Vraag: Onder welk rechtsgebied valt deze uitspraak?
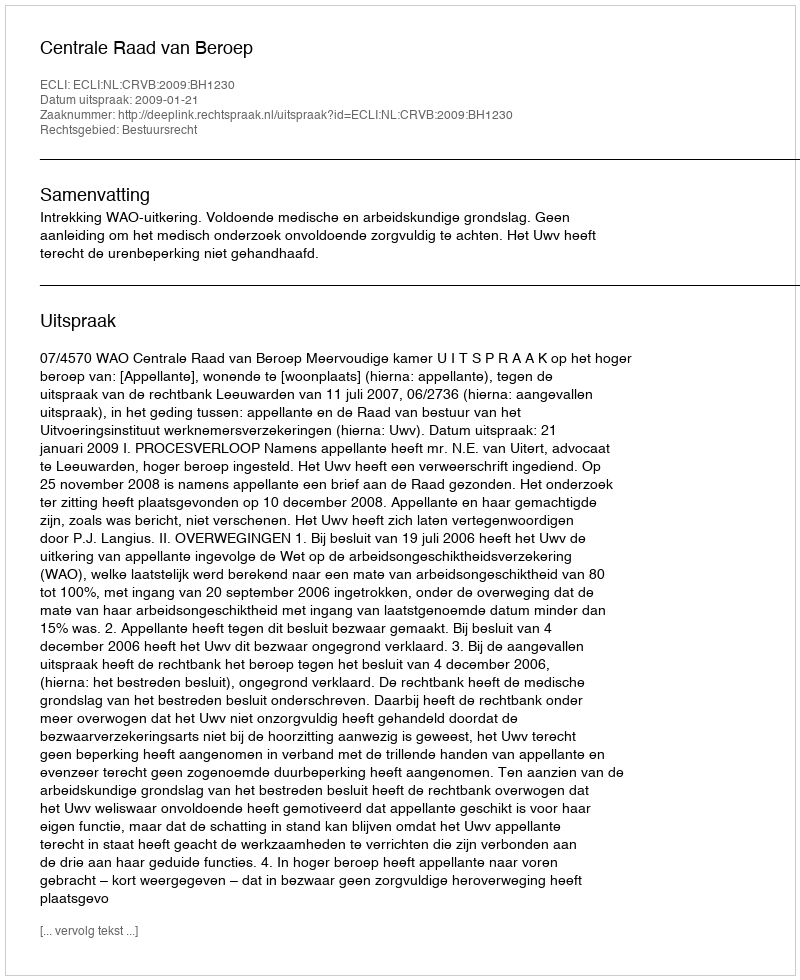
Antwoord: Bestuursrecht